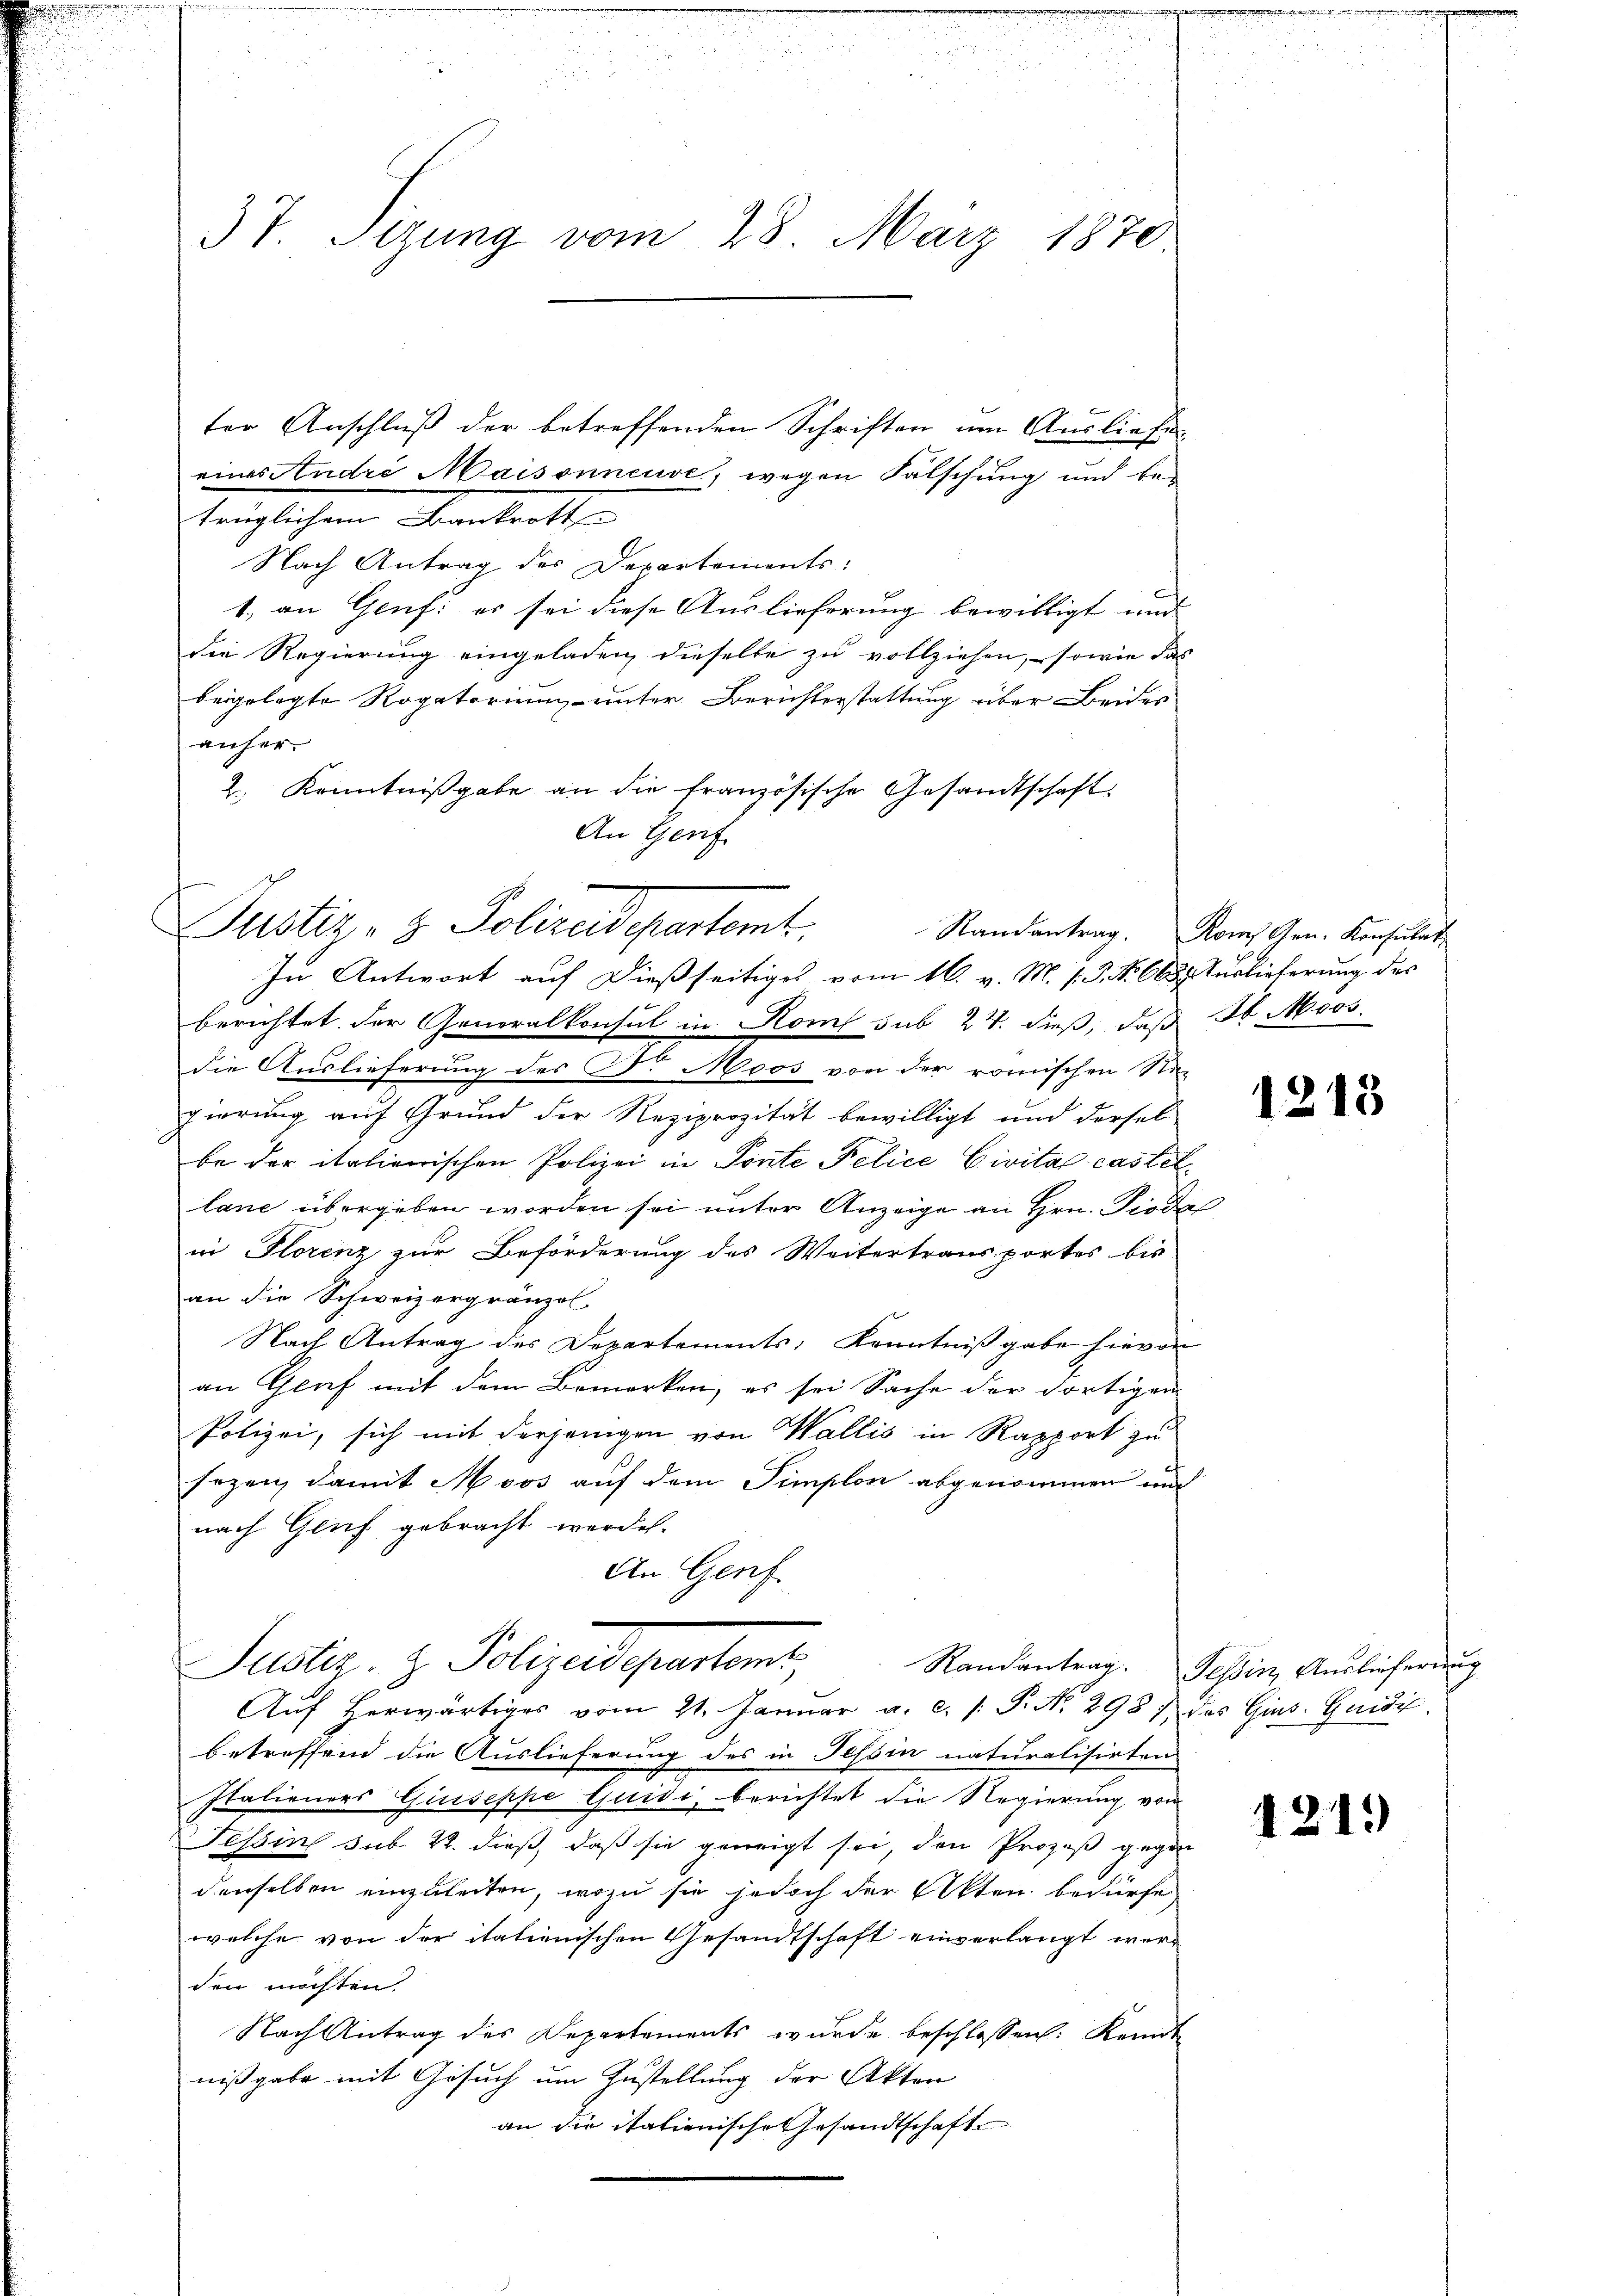
a

37. Stzung vom 28. März 1870

ter Anschluß der betreffenden Schriften um Ausliefe
eines Andre Maisonneuve, wegen Fälschung und betänglichen Beantritte
Nach Antrag des Departements:
1.) an Genf er sei diese Auslieferung bewilligt und
die Regierung eingeladen, dieselbe zu vollziehen, sowie das
beigelegte Rogatorium unter Berichterstattung über Beides
anher.
2. Kenntnißgabe an die französische Gesandtschaft
An Gerif

In Antwort auf dießseitiges vom 16. M. P.P. Nr. 688. Turlieferung des
berichtet der Generalkonsul in Rom sub 27. dieß, daß Jb. Moos.
die Auslieferung des C. Moos von der römischen Re-
pierung auf Grund der Reziprozität bewilligt und dersel
be der italienischen Polizei in Ponte Pelice Civital castet
lane übergeben worden sei unter Anzeige an Hrn. Pioda
in Florenz zur Beförderung des Weitertransportes bis
an die Schweizergränzol
Nach Antrag des Departements, Kenntnißgabe hievon
an Graf mit dem Bemerken, es sei Sache der dortigen
Polizei, sich mit derjenigen von Wallis in Rapport zu
Erzen, damit Moos auf dem Simplon abgenommen und
nach Glief gebracht werden.
An Genf
Suster. v. Polizeidigenstand
Randantrag. Tessin, Auslieferung
Auf herwärtiges vom 21. Januar a. c. /: P. Nr. 298 das Gins. Guidi
betreffend die Auslieferung des in Tessin naturalisirten
Italieners Giuseppe Quidi, berichtet die Regierung von
Tessin sub. 22. dieß, daß sie geneigt sei, den Prozeß gegen
denselben einzuleiten, wozu sie jedoch der Akten bedürfe,
welche von der italienischen Gesandtschaft einverlangt werden möchten.
Nach Antrag des Departements wurde beschlossen: Kant
nißgabe mit Gesuch um Zustellung der Akten
an die italienische Gesandtschaft

Justiz- & Polizeidepartamt.

Randantrag. Roms Gen. Konsulat

1213

121.)